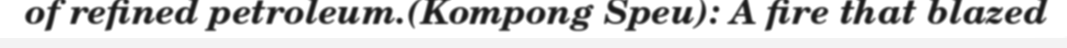
of refined petroleum.(Kompong Speu): A fire that blazed